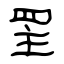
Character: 罜